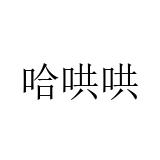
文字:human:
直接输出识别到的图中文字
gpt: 哈哄哄